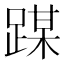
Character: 𰸜